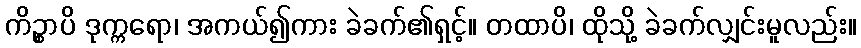
ကိဉ္စာပိ ဒုက္ကရော၊ အကယ်၍ကား ခဲခက်၏ရှင့်။ တထာပိ၊ ထိုသို့ ခဲခက်လျှင်းမူလည်း။